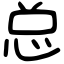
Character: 总